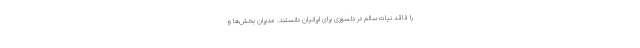
را فاقد نیات سالم در دلسوزی برای ایرانیان دانستند. مدیران بخش‌ها و